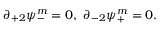
\partial _ { + 2 } \psi _ { - } ^ { m } = 0 , \ \partial _ { - 2 } \psi _ { + } ^ { m } = 0 .